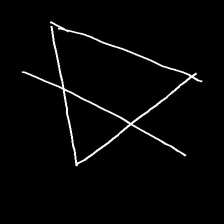
Glyph: empower